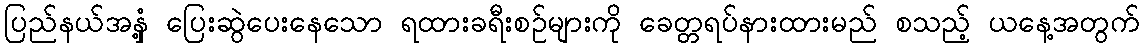
ပြည်နယ်အနှံ့ ပြေးဆွဲပေးနေသော ရထားခရီးစဉ်များကို ခေတ္တရပ်နားထားမည် စသည့် ယနေ့အတွက်